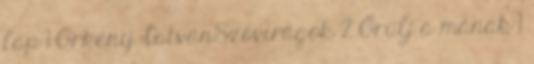
lap 1 Örkény IstvánSzóvirágok 2 Örülj a mának 1